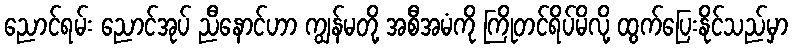
ညောင်ရမ်း ညောင်အုပ် ညီနောင်ဟာ ကျွန်မတို့ အစီအမံကို ကြိုတင်ရိပ်မိလို့ ထွက်ပြေးနိုင်သည်မှာ